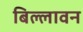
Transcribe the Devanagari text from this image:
बिल्लावन